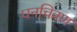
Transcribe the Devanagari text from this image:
घनचित्रण